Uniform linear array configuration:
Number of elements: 8
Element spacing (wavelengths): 0.25
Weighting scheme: exponential
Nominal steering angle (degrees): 60
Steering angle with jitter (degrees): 60.751
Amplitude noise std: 0.05
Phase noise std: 0.05

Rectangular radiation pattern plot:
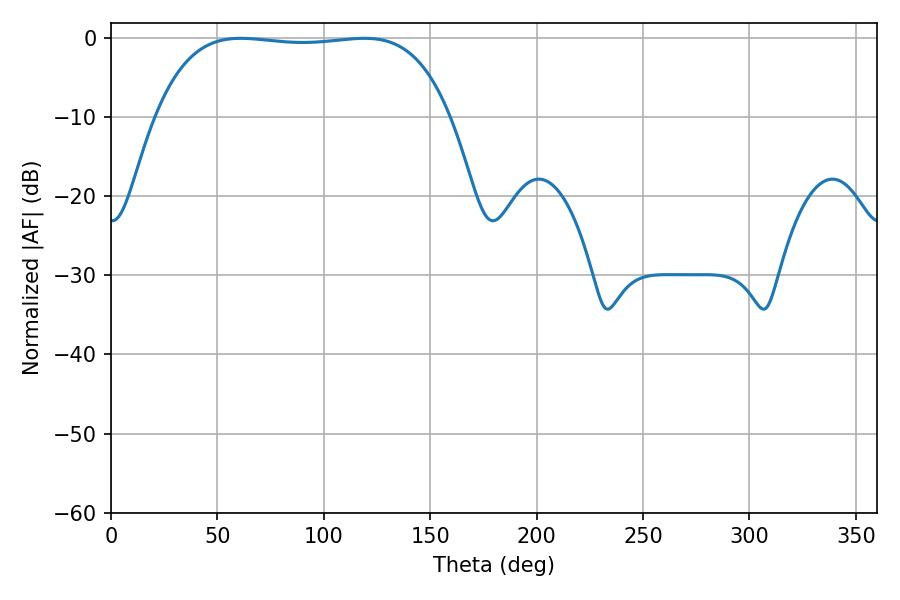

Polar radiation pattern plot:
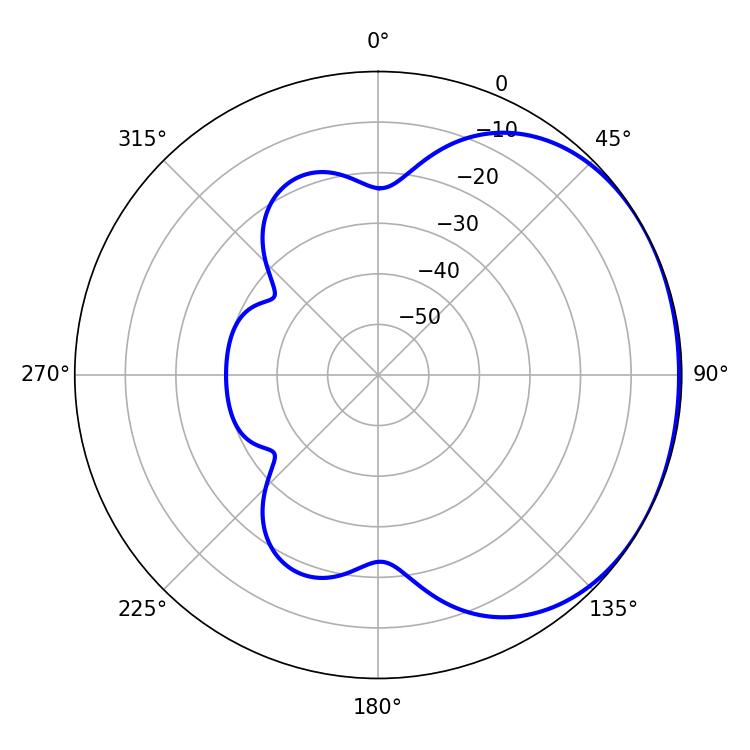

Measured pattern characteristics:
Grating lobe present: FALSE
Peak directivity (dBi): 1.131
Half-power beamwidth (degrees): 109.08
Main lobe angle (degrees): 61.02